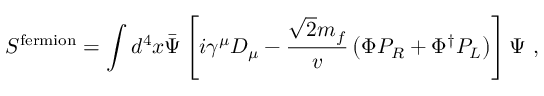
S ^ { \mathrm { f e r m i o n } } = \int d ^ { 4 } x \bar { \Psi } \left[ i \gamma ^ { \mu } D _ { \mu } - \frac { \sqrt { 2 } m _ { f } } { v } \left( \Phi P _ { R } + \Phi ^ { \dagger } P _ { L } \right) \right] \Psi \ ,